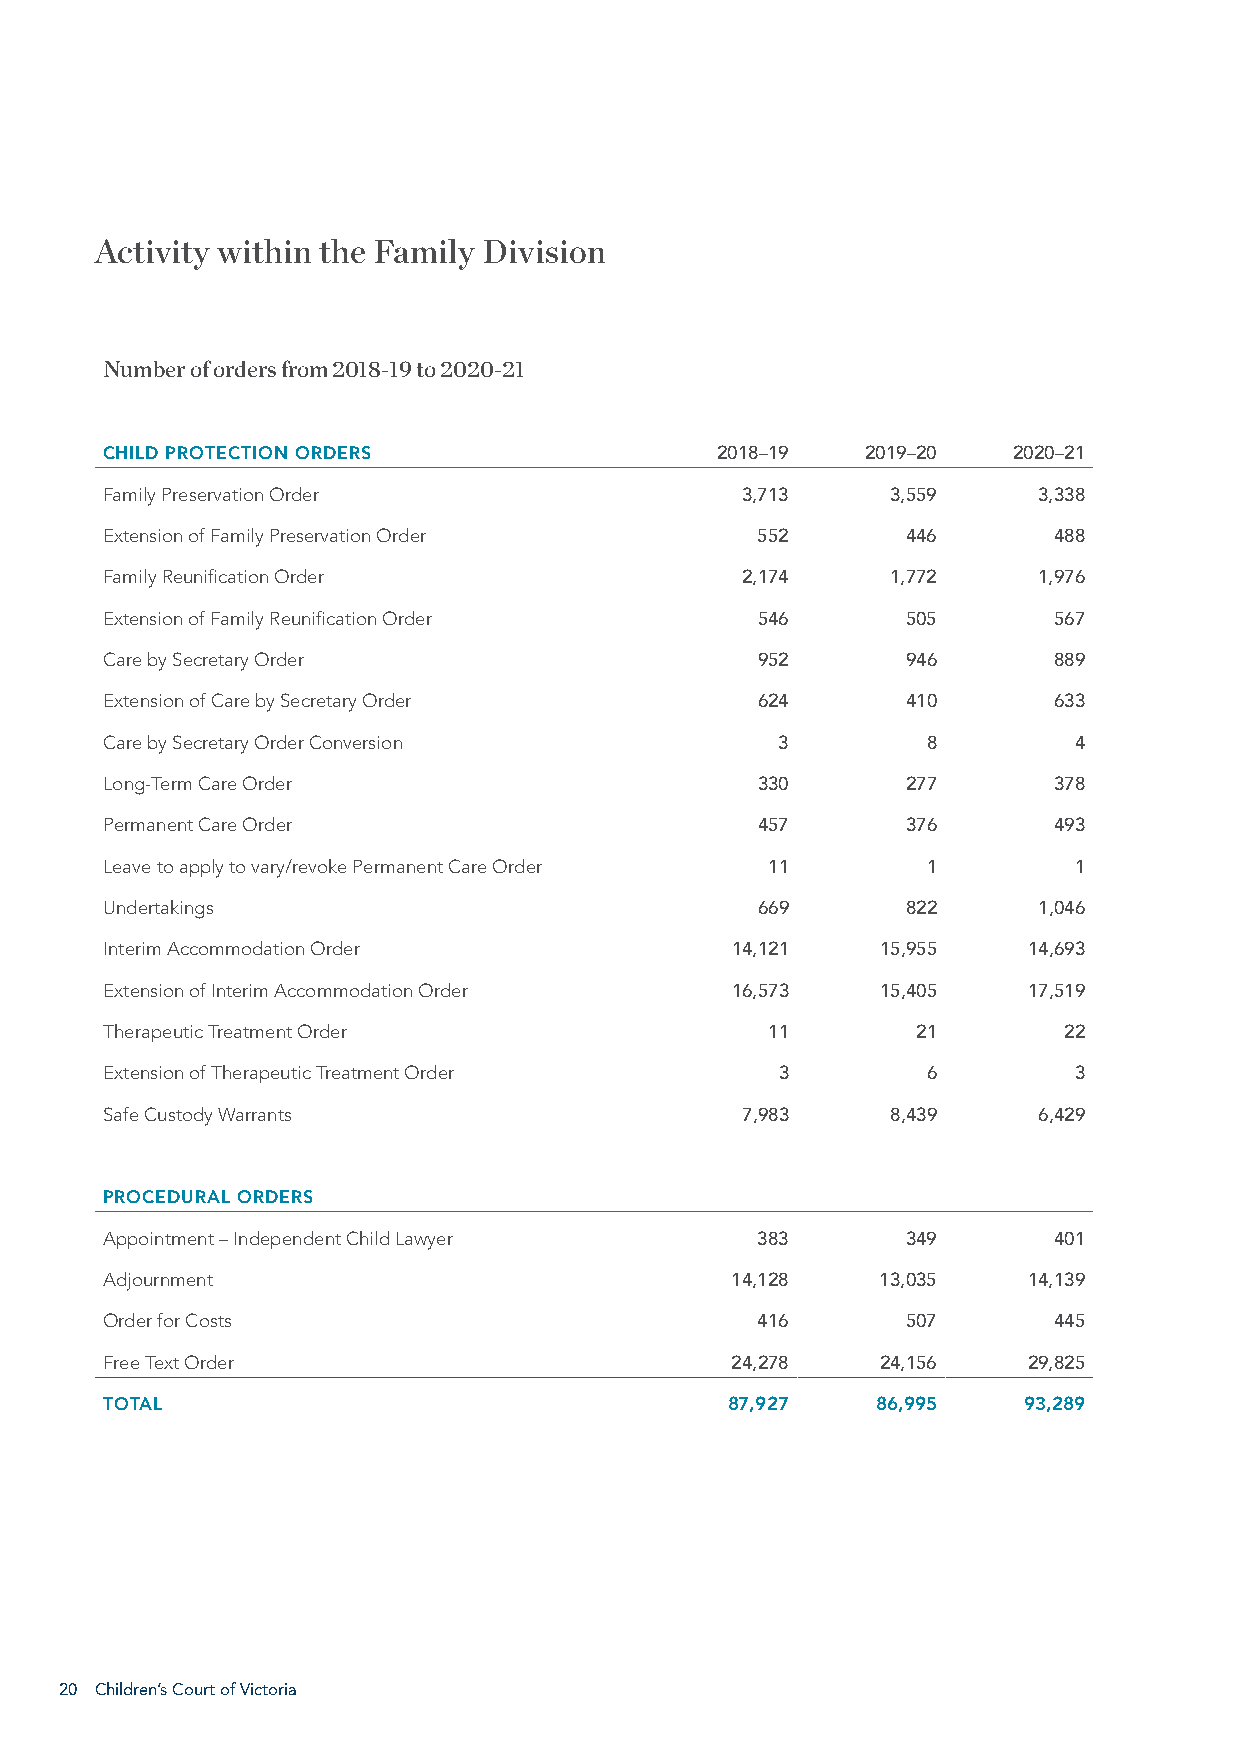
Activity within the Family Division
 Number of orders from 2018-19 to 2020-21
 CHILD PROTECTION ORDERS                 2018–19   2019–20   2020–21
 Family Preservation Order                 3,713     3,559     3,338
 Extension of Family Preservation Order     552       446       488
 Family Reunification Order                2,174     1,772     1,976
 Extension of Family Reunification Order    546       505       567
 Care by Secretary Order                    952       946       889
 Extension of Care by Secretary Order       624       410       633
 Care by Secretary Order Conversion           3        8         4
 Long-Term Care Order                       330       277       378
 Permanent Care Order                       457       376       493
 Leave to apply to vary/revoke Permanent Care Order 11 1         1
 Undertakings                               669       822      1,046
 Interim Accommodation Order              14,121    15,955    14,693
 Extension of Interim Accommodation Order 16,573    15,405    17,519
 Therapeutic Treatment Order                 11        21       22
 Extension of Therapeutic Treatment Order     3        6         3
 Safe Custody Warrants                     7,983     8,439     6,429
 PROCEDURAL ORDERS
 Appointment – Independent Child Lawyer     383       349       401
 Adjournment                              14,128    13,035    14,139
 Order for Costs                            416       507       445
 Free Text Order                          24,278    24,156    29,825
 TOTAL                                    87,927    86,995    93,289
 20 Children’s Court of Victoria